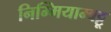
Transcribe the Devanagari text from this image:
निम्मियाम्बट्टू